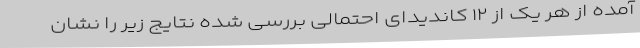
آمده از هر یک از ۱۲ کاندیدای احتمالی بررسی شده نتایج زیر را نشان